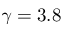
\gamma = 3 . 8